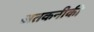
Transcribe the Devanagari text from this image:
अतकनीकी